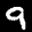
Label: 9